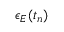
\epsilon _ { E } ( t _ { n } )